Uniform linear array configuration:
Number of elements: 64
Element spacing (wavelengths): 0.75
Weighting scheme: uniform
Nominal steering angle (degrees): -45
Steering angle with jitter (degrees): -44.409
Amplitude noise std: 0.05
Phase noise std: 0.05

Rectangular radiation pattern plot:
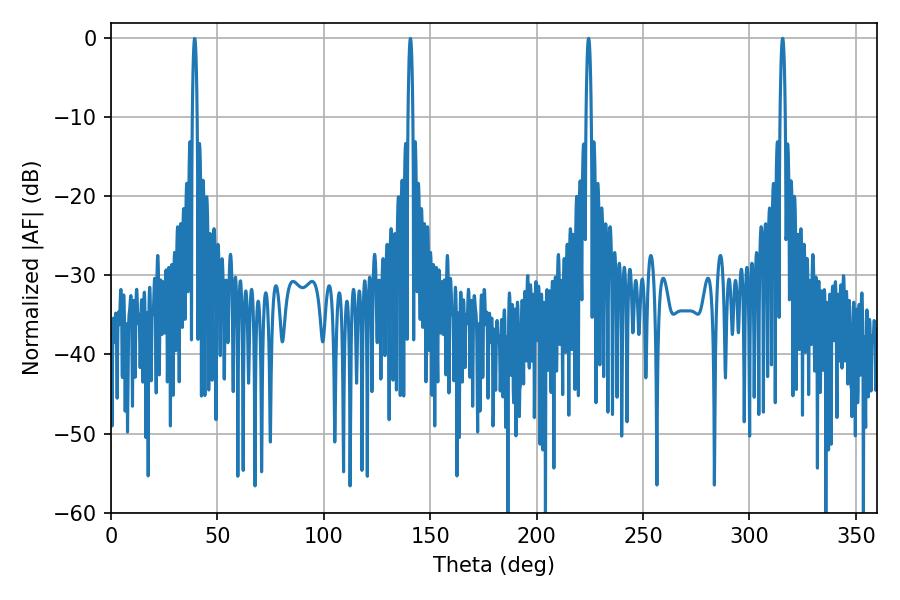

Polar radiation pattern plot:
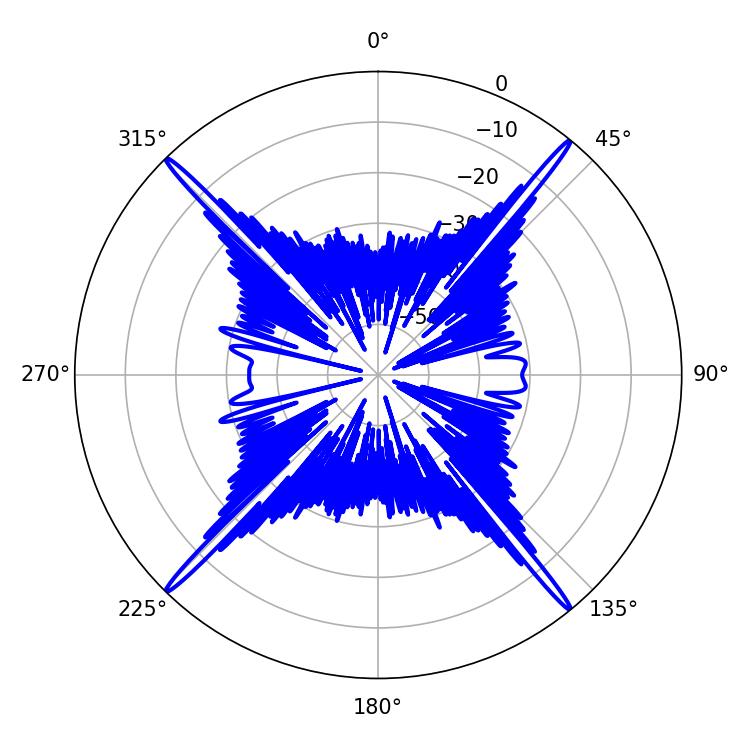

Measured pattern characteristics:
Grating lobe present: TRUE
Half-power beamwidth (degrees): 1.26
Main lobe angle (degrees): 224.46